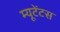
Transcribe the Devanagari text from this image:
म्यूटेंटस